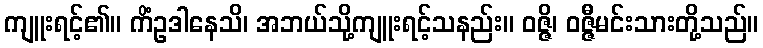
ကျူးရင့်၏။ ကိံဥဒါနေသိ၊ အဘယ်သို့ကျူးရင့်သနည်း။ ဝဇ္ဇိ၊ ဝဇ္ဇီမင်းသားတို့သည်။